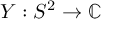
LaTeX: Y : S ^ { 2 } \to \mathbb { C }